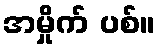
အမှိုက် ပစ်။